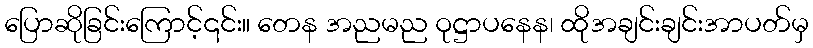
ပြောဆိုခြင်းကြောင့်၎င်း။ တေန အညမည ဝုဋ္ဌာပနေန၊ ထိုအချင်းချင်းအာပတ်မှ